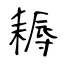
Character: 耨